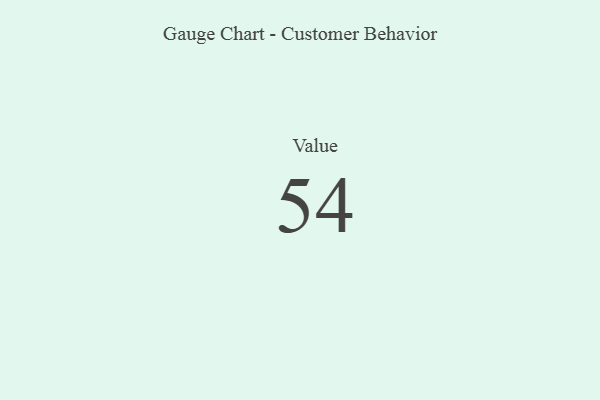
{"axis": {"x": "Metric", "y": "Value"}, "legend": [""], "data": [{"x": "Value", "y": 54, "type": ""}]}